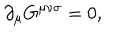
{ \partial } _ { \mu } G ^ { { \mu } { \nu } { \sigma } } = 0 ,